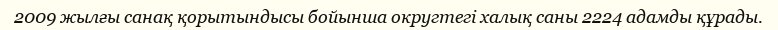
2009 жылғы санақ қорытындысы бойынша округтегі халық саны 2224 адамды құрады.